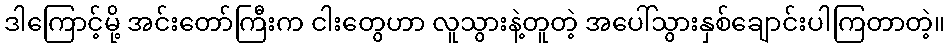
ဒါကြောင့်မို့ အင်းတော်ကြီးက ငါးတွေဟာ လူသွားနဲ့တူတဲ့ အပေါ်သွားနှစ်ချောင်းပါကြတာတဲ့။